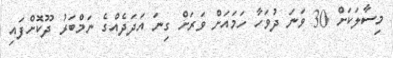
މިސާލަކަށް 30 ވަނަ ދުވަހާ ހަމައަށް ވަރަށް ގިނަ އަދަދެއްގެ ނަމްބަރު ދޫކޮށްފައި